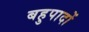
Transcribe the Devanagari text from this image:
बहुपादों